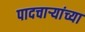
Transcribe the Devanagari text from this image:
पादचाऱ्यांच्या